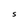
Character: S